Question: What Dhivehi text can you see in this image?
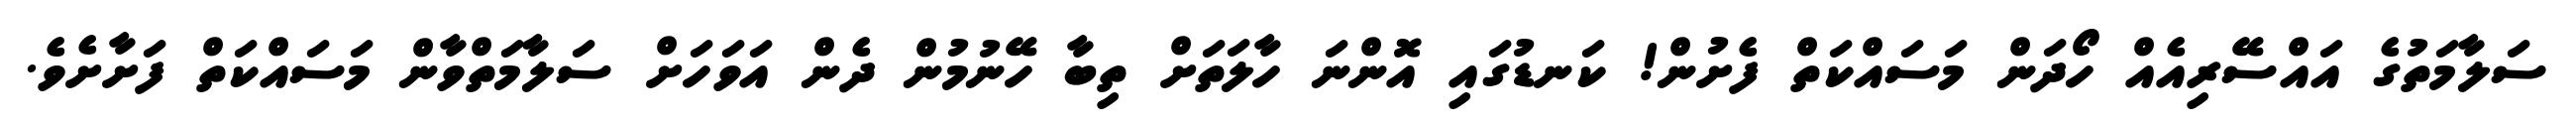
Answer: ސަލާމަތުގެ އައްސޭރިއެއް ހޯދަން މަސައްކަތް ފެށުން! ކަނޑުގައި އޮންނަ ހާލަތަށް ތިބާ ހޭނުމުން ދެން އަވަހަށް ސަލާމަތްވާން މަސައްކަތް ފަށާށެވެ.